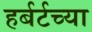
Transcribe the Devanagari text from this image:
हर्बर्टच्या